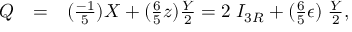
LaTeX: \begin{array} { c c l } { { Q } } & { { = } } & { { ( \frac { - 1 } { 5 } ) X + ( \frac { 6 } { 5 } z ) { \frac { Y } { 2 } } = 2 \; I _ { 3 R } + ( \frac { 6 } { 5 } \epsilon ) \; { \frac { Y } { 2 } } , } } \end{array}